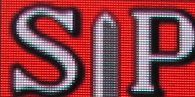
SP